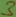
Text: 3